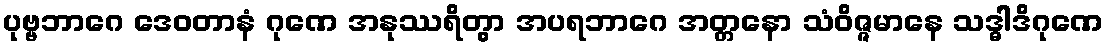
ပုဗ္ဗဘာဂေ ဒေဝတာနံ ဂုဏေ အနုဿရိတွာ အပရဘာဂေ အတ္တနော သံဝိဇ္ဇမာနေ သဒ္ဓါဒိဂုဏေ